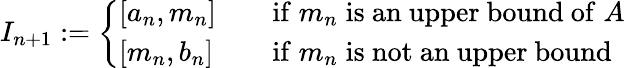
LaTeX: I_{n+1}:=\left\{ {\begin{array}{lll}{\left[a_{n},m_{n}\right]}&&{{\mathrm{if}}\; m_{n}\; {\mathrm{is~an~upper~bound~of}}\; A}\\ {\left[m_{n},b_{n}\right]}&&{{\mathrm{if}}\; m_{n}\; {\mathrm{is~not~an~upper~bound}}}\end{array}}\right.